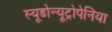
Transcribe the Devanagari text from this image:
स्यूडोन्यूट्रोपेनिया